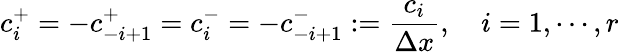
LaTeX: c_{i}^{+}=-c_{-i+1}^{+}=c_{i}^{-}=-c_{-i+1}^{-}:=\frac{c_{i}}{\Delta x},\quad i=1,\cdots,r